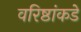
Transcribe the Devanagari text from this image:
वरिष्ठांकडे